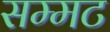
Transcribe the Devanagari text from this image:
सम्मट